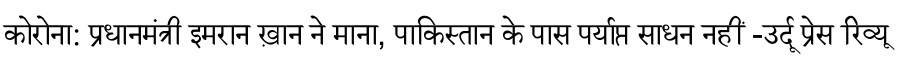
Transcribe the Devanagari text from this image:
कोरोना: प्रधानमंत्री इमरान ख़ान ने माना, पाकिस्तान के पास पर्याप्त साधन नहीं -उर्दू प्रेस रिव्यू